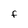
Character: F